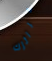
غرائزك